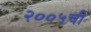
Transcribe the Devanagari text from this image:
२००५ची